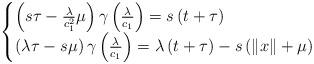
LaTeX: \begin{align*}\begin{cases}\left(s\tau-\frac{\lambda}{c_{1}^{2}}\mu\right)\gamma\left(\frac{\lambda}{c_{1}}\right)=s\left(t+\tau\right)\\\left(\lambda\tau-s\mu\right)\gamma\left(\frac{\lambda}{c_{1}}\right)=\lambda\left(t+\tau\right)-s\left(\left\Vert x\right\Vert +\mu\right)\end{cases}\end{align*}